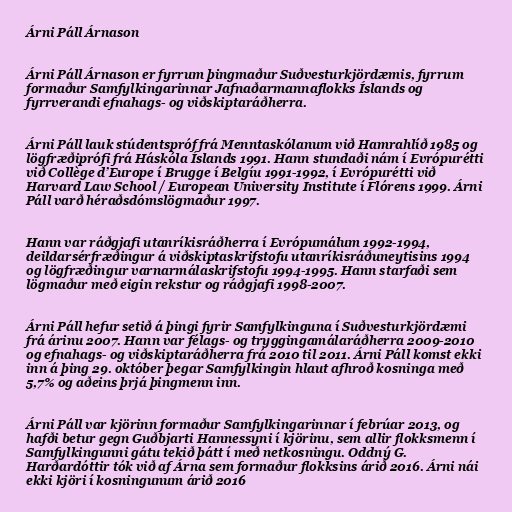
Árni Páll Árnason

Árni Páll Árnason er fyrrum þingmaður Suðvesturkjördæmis, fyrrum
formaður Samfylkingarinnar Jafnaðarmannaflokks Íslands og
fyrrverandi efnahags- og viðskiptaráðherra.

Árni Páll lauk stúdentspróf frá Menntaskólanum við Hamrahlíð 1985 og
lögfræðiprófi frá Háskóla Íslands 1991. Hann stundaði nám í Evrópurétti
við Collège d’Europe í Brugge í Belgíu 1991-1992, í Evrópurétti við
Harvard Law School / European University Institute í Flórens 1999. Árni
Páll varð héraðsdómslögmaður 1997.

Hann var ráðgjafi utanríkisráðherra í Evrópumálum 1992-1994,
deildarsérfræðingur á viðskiptaskrifstofu utanríkisráðuneytisins 1994
og lögfræðingur varnarmálaskrifstofu 1994-1995. Hann starfaði sem
lögmaður með eigin rekstur og ráðgjafi 1998-2007.

Árni Páll hefur setið á þingi fyrir Samfylkinguna í Suðvesturkjördæmi
frá árinu 2007. Hann var félags- og tryggingamálaráðherra 2009-2010
og efnahags- og viðskiptaráðherra frá 2010 til 2011. Árni Páll komst ekki
inn á þing 29. október þegar Samfylkingin hlaut afhroð kosninga með
5,7% og aðeins þrjá þingmenn inn.

Árni Páll var kjörinn formaður Samfylkingarinnar í febrúar 2013, og
hafði betur gegn Guðbjarti Hannessyni í kjörinu, sem allir flokksmenn í
Samfylkingunni gátu tekið þátt í með netkosningu. Oddný G.
Harðardóttir tók við af Árna sem formaður flokksins árið 2016. Árni nái
ekki kjöri í kosningunum árið 2016